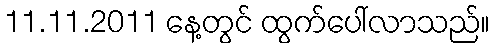
11.11.2011 နေ့တွင် ထွက်ပေါ်လာသည်။